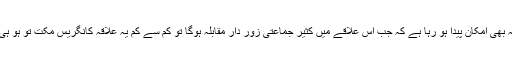
ساتھ ہی یہ بھی امکان پیدا ہو رہا ہے کہ جب اس علاقے میں کثیر جماعتی زور دار مقابلہ ہوگا تو کم سے کم یہ علاقہ کانگریس مکت تو ہو ہی جائے گا۔